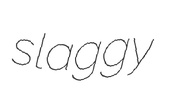
slaggy